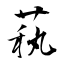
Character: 萟